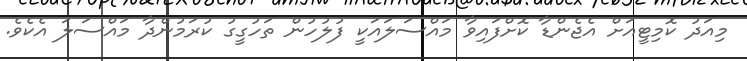
މިއަދު ކޮމިޓީއަށް އެޖެންޑާ ކޮށްފައިވާ މައްސަލައަކީ ފުލުހުން ތަހުގީގު ކުރަމުންދާ މައްސަލަ އެކެވެ.